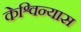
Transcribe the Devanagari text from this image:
केश्विन्यास